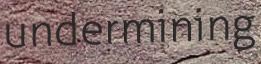
undermining